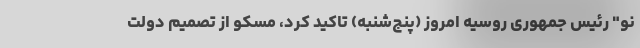
نو" رئیس جمهوری روسیه امروز (پنج‌شنبه) تاکید کرد، مسکو از تصمیم دولت